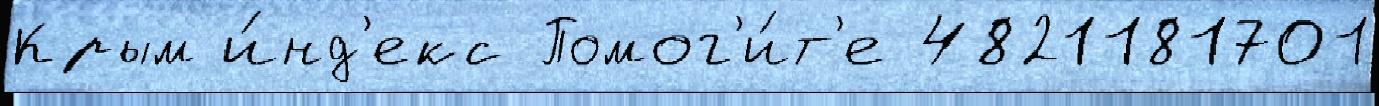
Крым и́нд'екс Помог'и́т'е 4821181701